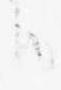
そ